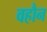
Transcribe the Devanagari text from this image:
वहौन